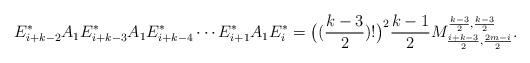
LaTeX: \begin{align*}E^*_{i+k-2}A_1E^*_{i+k-3}A_1E^*_{i+k-4}\cdots E^*_{i+1}A_1E^*_{i}=\big((\frac{k-3}{2})!\big)^2\frac{k-1}{2} M^{\frac{k-3}{2},\frac{k-3}{2}}_{\frac{i+k-3}{2},\frac{2m-i}{2}}.\end{align*}